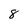
Character: 8